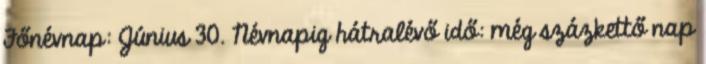
Főnévnap: Június 30. Névnapig hátralévő idő: még százkettő nap